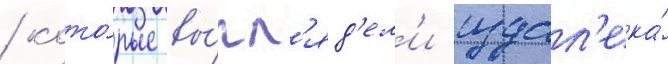
/ кото́рые вы́гл'яд'ел'и издал'ека́